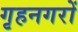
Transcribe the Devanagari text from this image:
गृहनगरों